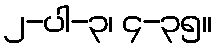
၂-ပါ-၃၊ ၄-၃၅။